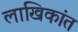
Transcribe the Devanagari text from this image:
लाखिकांत